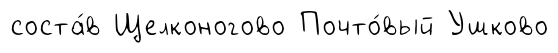
соста́в Щелконогово Почто́вый Ушково